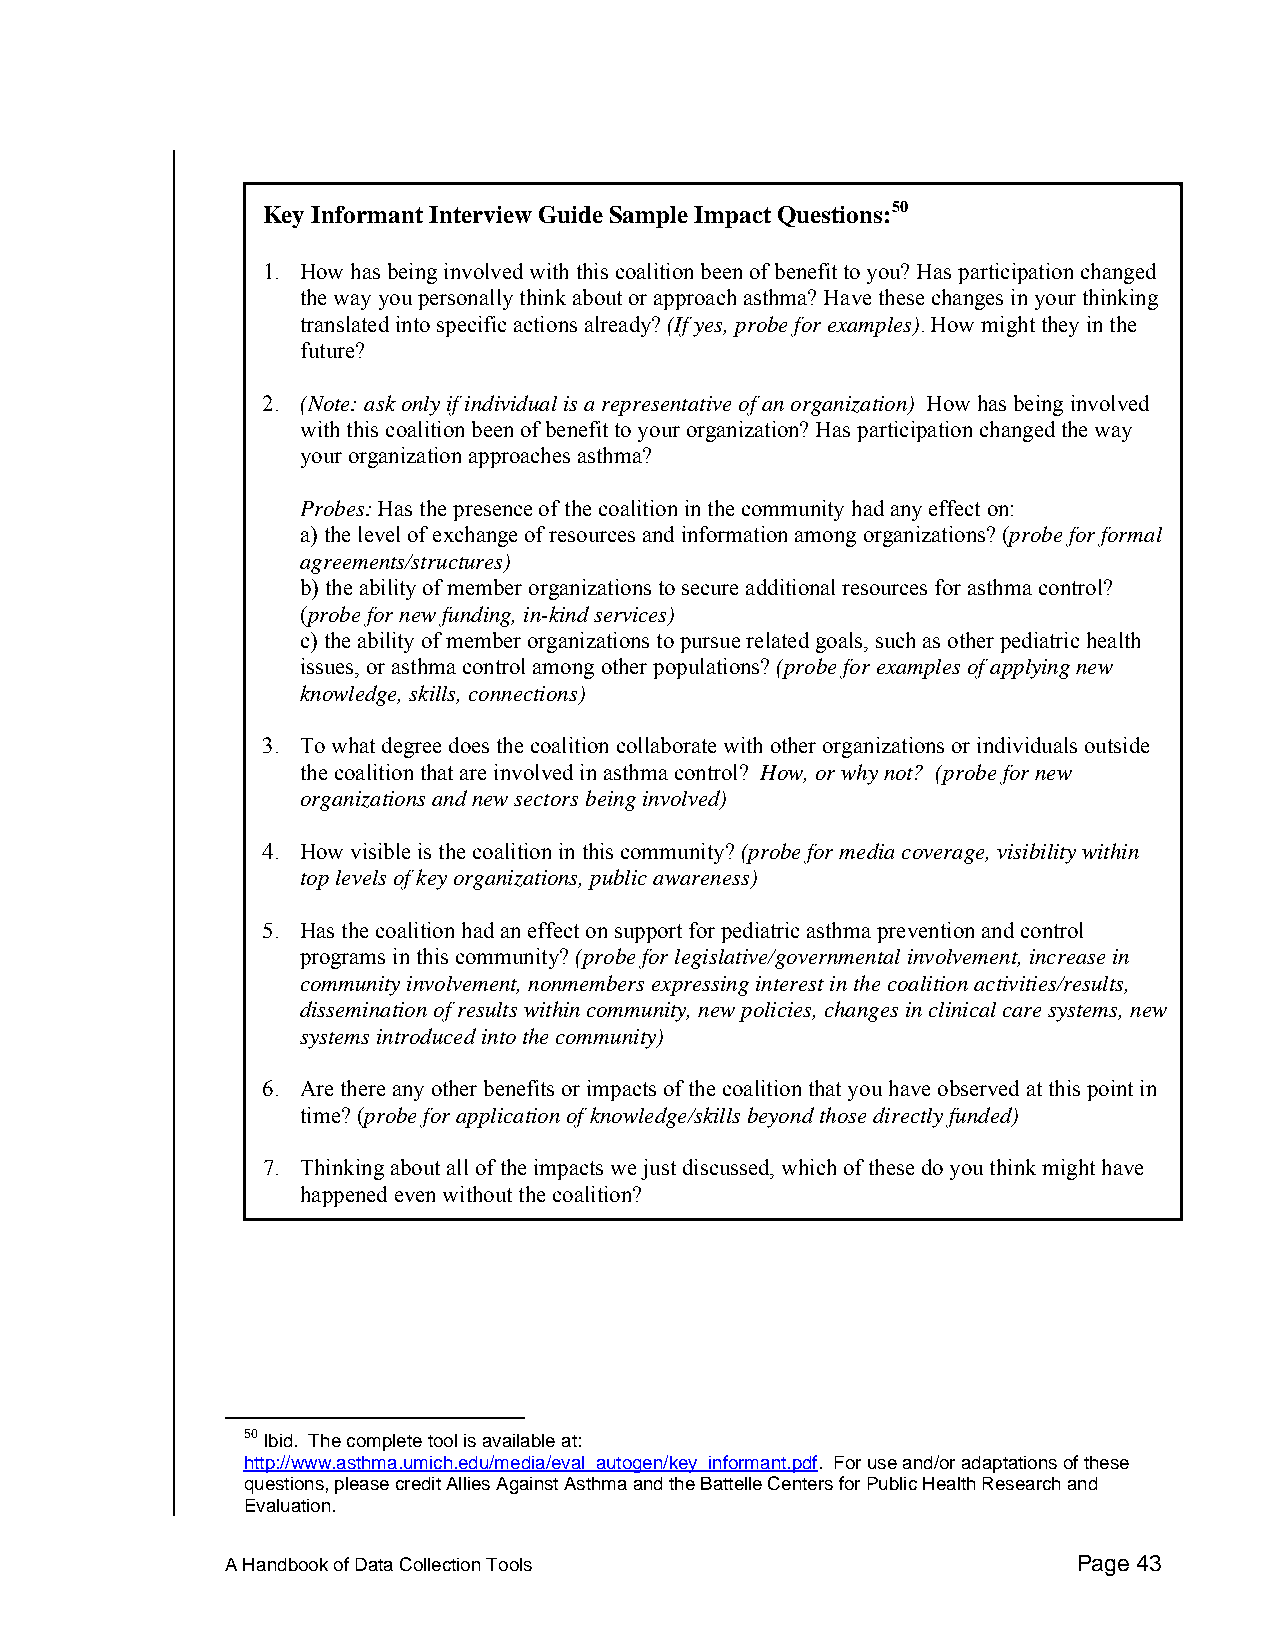
Key Informant Interview Guide Sample Impact Questions:50
 1. How has being involved with this coalition been of benefit to you? Has participation changed
 the way you personally think about or approach asthma? Have these changes in your thinking
 translated into specific actions already? (If yes, probe for examples). How might they in the
 future?
 2. (Note: ask only if individual is a representative of an organization) How has being involved
 with this coalition been of benefit to your organization? Has participation changed the way
 your organization approaches asthma?
 Probes: Has the presence of the coalition in the community had any effect on:
 a) the level of exchange of resources and information among organizations? (probe for formal
 agreements/structures)
 b) the ability of member organizations to secure additional resources for asthma control?
 (probe for new funding, in-kind services)
 c) the ability of member organizations to pursue related goals, such as other pediatric health
 issues, or asthma control among other populations? (probe for examples of applying new
 knowledge, skills, connections)
 3. To what degree does the coalition collaborate with other organizations or individuals outside
 the coalition that are involved in asthma control? How, or why not? (probe for new
 organizations and new sectors being involved)
 4. How visible is the coalition in this community? (probe for media coverage, visibility within
 top levels of key organizations, public awareness)
 5. Has the coalition had an effect on support for pediatric asthma prevention and control
 programs in this community? (probe for legislative/governmental involvement, increase in
 community involvement, nonmembers expressing interest in the coalition activities/results,
 dissemination of results within community, new policies, changes in clinical care systems, new
 systems introduced into the community)
 6. Are there any other benefits or impacts of the coalition that you have observed at this point in
 time? (probe for application of knowledge/skills beyond those directly funded)
 7. Thinking about all of the impacts we just discussed, which of these do you think might have
 happened even without the coalition?
 50 Ibid. The complete tool is available at:
 http://www.asthma.umich.edu/media/eval_autogen/key_informant.pdf. For use and/or adaptations of these
 questions, please credit Allies Against Asthma and the Battelle Centers for Public Health Research and
 Evaluation.
 A Handbook of Data Collection Tools                     Page 43